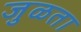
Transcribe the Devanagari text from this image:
जुळता